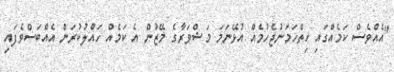
"އެއްވެސް ކަމެއްގައި ހިތްހަމަނުޖެހުމެއް އުޅޭނަމަ މަޝްވަރާގެ މޭޒުން އެ ކަމެއް ހައްލުކުރަން އެއްބަސްވެފައި